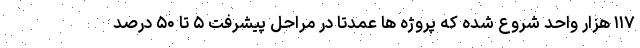
۱۱۷ هزار واحد شروع شده که پروژه ها عمدتا در مراحل پیشرفت ۵ تا ۵۰ درصد